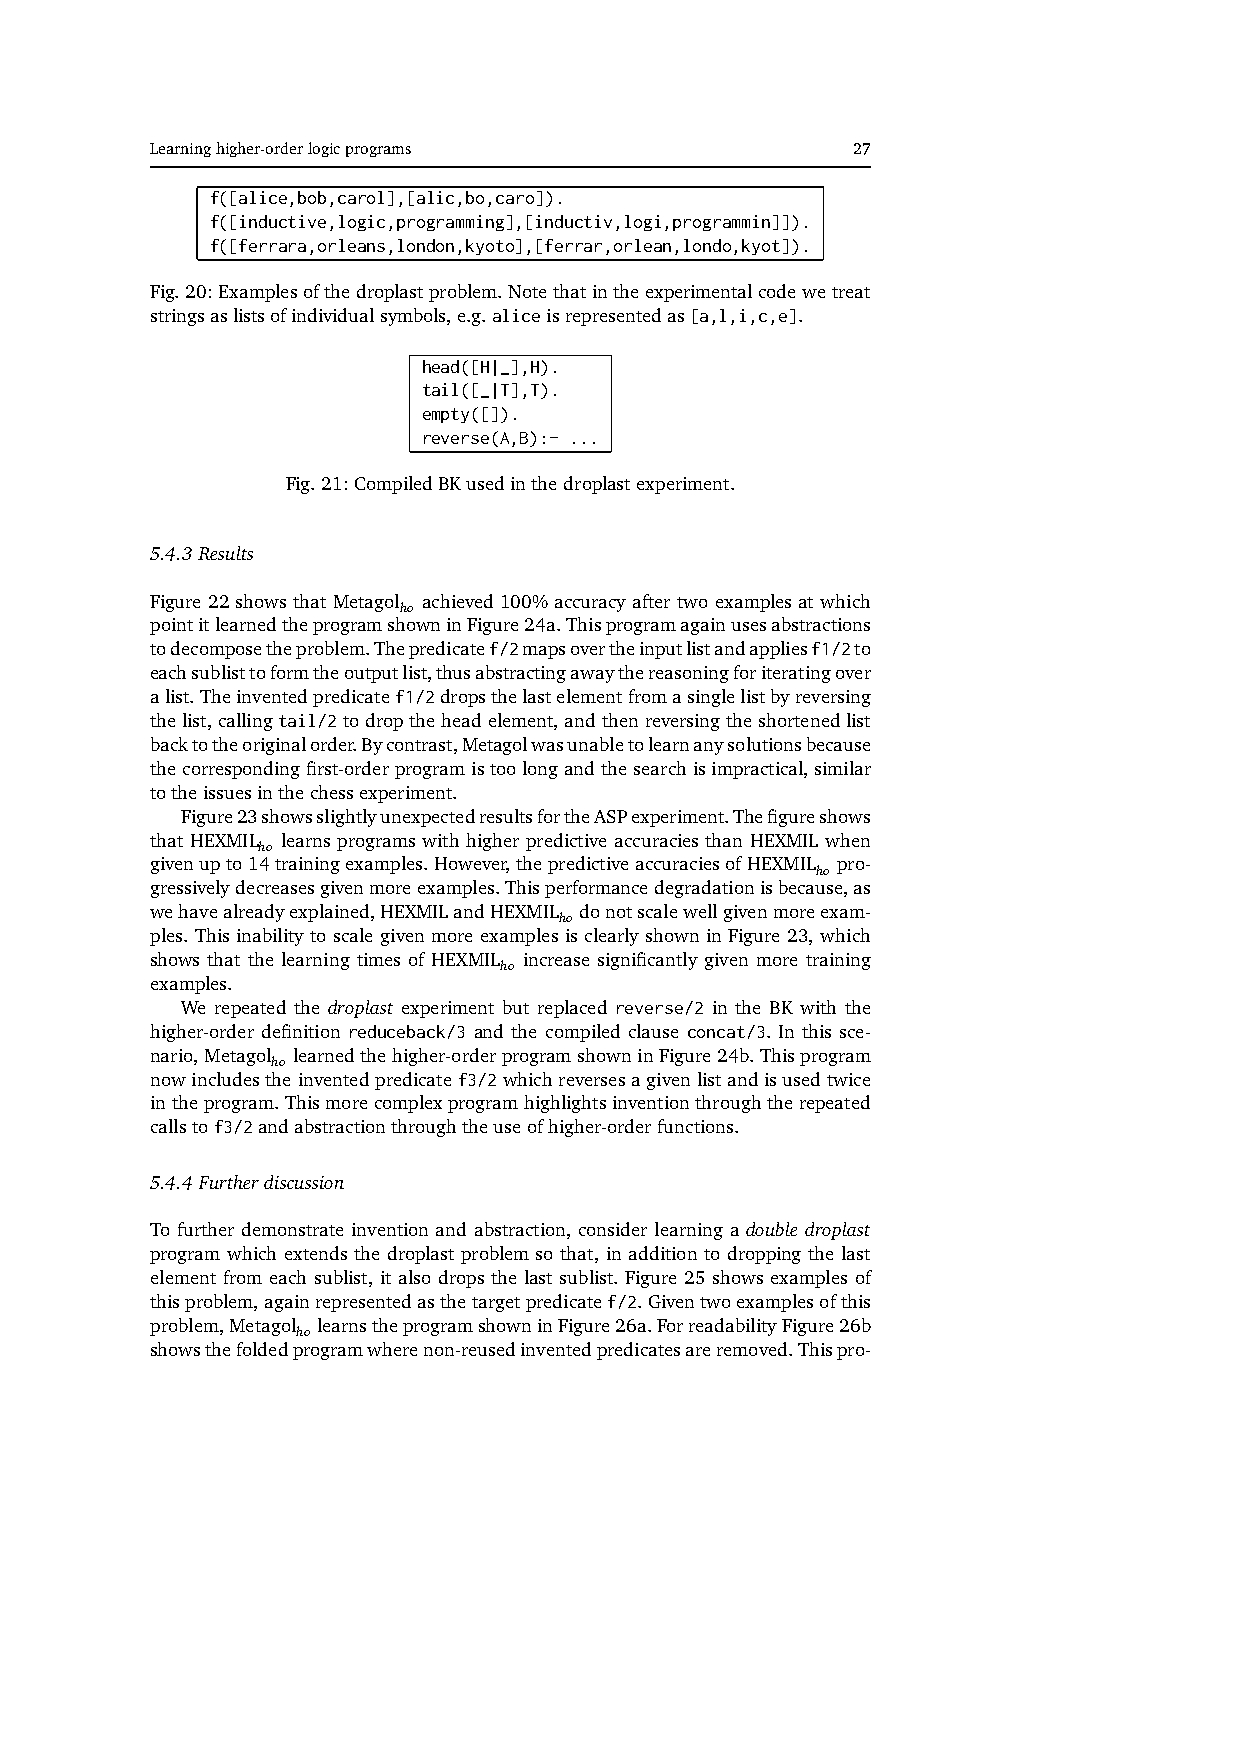
Learninghigher-orderlogicprograms             27
 f([alice,bob,carol],[alic,bo,caro]).
 f([inductive,logic,programming],[inductiv,logi,programmin]]).
 f([ferrara,orleans,london,kyoto],[ferrar,orlean,londo,kyot]).
 Fig.20:Examplesofthedroplastproblem.Notethatintheexperimentalcodewetreat
 stringsaslistsofindividualsymbols,e.g.aliceisrepresentedas[a,l,i,c,e].
 head([H|_],H).
 tail([_|T],T).
 empty([]).
 reverse(A,B):- ...
 Fig.21:CompiledBKusedinthedroplastexperiment.
 5.4.3 Results
 Figure 22 shows that Metagol achieved 100% accuracy after two examples at which
 ho
 pointitlearnedtheprogramshowninFigure24a.Thisprogramagainusesabstractions
 todecomposetheproblem.Thepredicatef/2mapsovertheinputlistandappliesf1/2to
 eachsublisttoformtheoutputlist,thusabstractingawaythereasoningforiteratingover
 alist.Theinventedpredicatef1/2dropsthelastelementfromasinglelistbyreversing
 thelist,callingtail/2todroptheheadelement,andthenreversingtheshortenedlist
 backtotheoriginalorder.Bycontrast,Metagolwasunabletolearnanysolutionsbecause
 thecorrespondingfirst-orderprogramistoolongandthesearchisimpractical,similar
 totheissuesinthechessexperiment.
 Figure23showsslightlyunexpectedresultsfortheASPexperiment.Thefigureshows
 that HEXMIL learns programs with higher predictive accuracies than HEXMIL when
 ho
 givenupto14trainingexamples.However,thepredictiveaccuraciesofHEXMIL pro-
 ho
 gressivelydecreasesgivenmoreexamples.Thisperformancedegradationisbecause,as
 wehavealreadyexplained,HEXMILandHEXMIL donotscalewellgivenmoreexam-
 ho
 ples. This inability to scale given more examples is clearly shown in Figure 23, which
 shows that the learning times of HEXMIL increase significantly given more training
 ho
 examples.
 We repeated the droplast experiment but replaced reverse/2 in the BK with the
 higher-order definition reduceback/3 and the compiled clause concat/3. In this sce-
 nario,Metagol learnedthehigher-orderprogramshowninFigure24b.Thisprogram
 ho
 nowincludestheinventedpredicatef3/2whichreversesagivenlistandisusedtwice
 intheprogram.Thismorecomplexprogramhighlightsinventionthroughtherepeated
 callstof3/2andabstractionthroughtheuseofhigher-orderfunctions.
 5.4.4 Furtherdiscussion
 To further demonstrate invention and abstraction, consider learning a double droplast
 program which extends the droplast problem so that, in addition to dropping the last
 element from each sublist, it also drops the last sublist. Figure 25 shows examples of
 thisproblem,againrepresentedasthetargetpredicatef/2.Giventwoexamplesofthis
 problem,Metagol learnstheprogramshowninFigure26a.ForreadabilityFigure26b
 ho
 showsthefoldedprogramwherenon-reusedinventedpredicatesareremoved.Thispro-